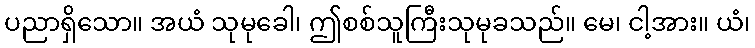
ပညာရှိသော။ အယံ သုမုခေါ၊ ဤစစ်သူကြီးသုမုခသည်။ မေ၊ ငါ့အား။ ယံ၊